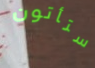
ستأتون